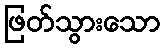
ဖြတ်သွားသော